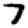
Digit: 7